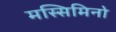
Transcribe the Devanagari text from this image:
मस्सिमिनो